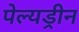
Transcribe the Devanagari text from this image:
पेल्यड्रीन